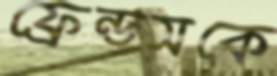
ফ্রেন্ডসকে